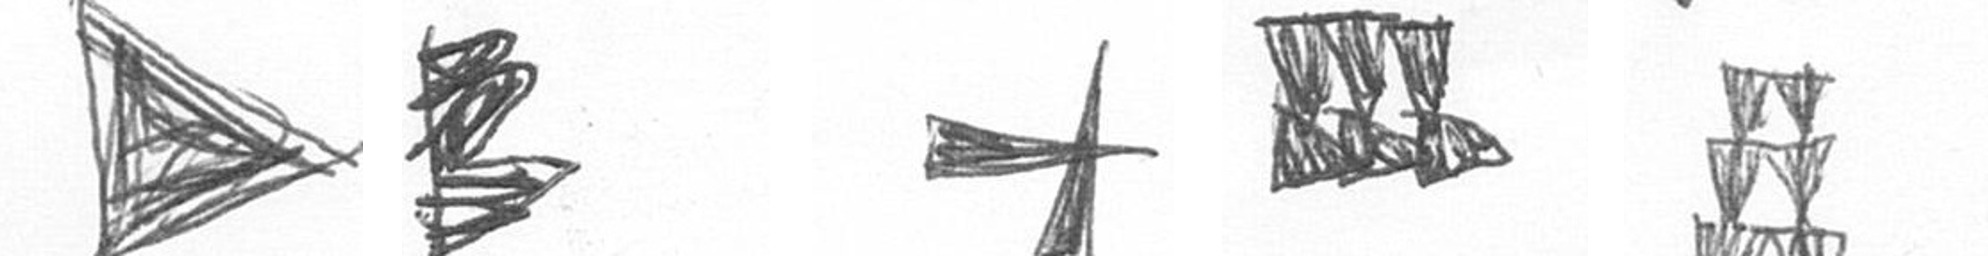
T H G D Y